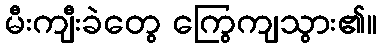
မီးကျီးခဲတွေ ကြွေကျသွား၏။